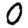
Digit: 0